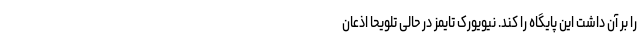
را بر آن داشت این پایگاه را کند. نیویورک تایمز در حالی تلویحا اذعان